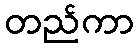
တည်ကာ